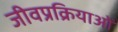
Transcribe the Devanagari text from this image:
जीवप्रक्रियाओं